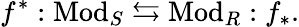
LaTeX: f^{*}:{\mathrm{Mod}}_{S}\leftrightarrows{\mathrm{Mod}}_{R}:f_{*}.